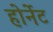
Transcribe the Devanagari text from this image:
होर्नेट